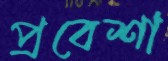
প্রবেশা